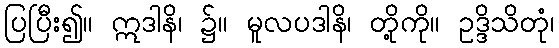
ပြပြီး၍။ ဣဒါနိ၊ ၌။ မူလပဒါနိ၊ တို့ကို။ ဥဒ္ဒိသိတုံ၊